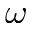
\omega